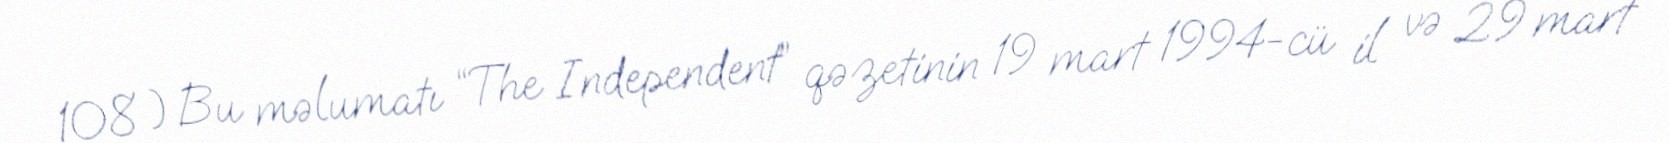
108 ) Bu məlumatı “The Independent” qəzetinin 19 mart 1994-cü il və 29 mart